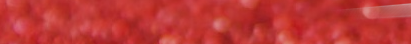
أحدث الهواتف الذكية والشا